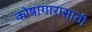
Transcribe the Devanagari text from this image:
कोषागारासाठी